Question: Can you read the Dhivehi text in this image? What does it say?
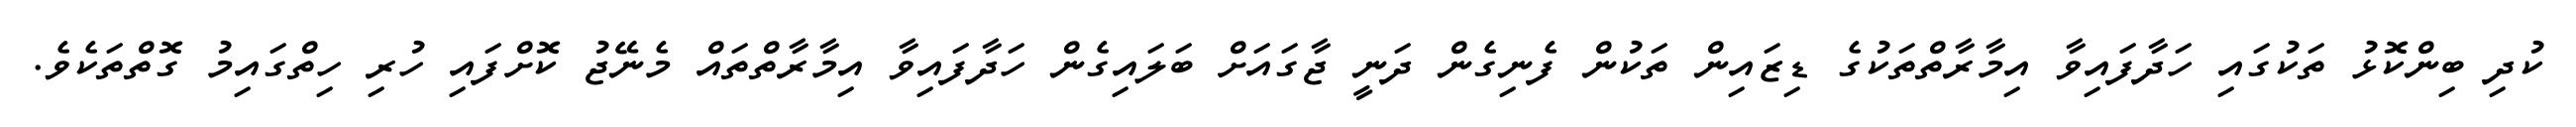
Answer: ކުދި ބިންކޮޅު ތަކުގައި ހަދާފައިވާ އިމާރާތްތަކުގެ ޑިޒައިން ތަކުން ފެނިގެން ދަނީ ޖާގައަށް ބަލައިގެން ހަދާފައިވާ އިމާރާތްތައް މެނޭޖު ކޮށްފައި ހުރި ހިތްގައިމު ގޮތްތަކެވެ.